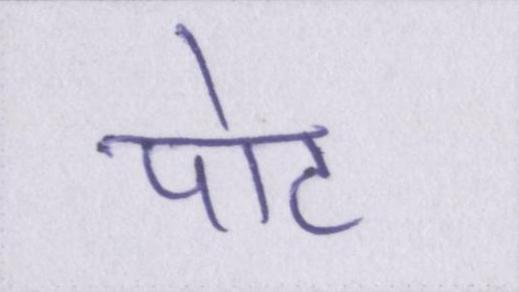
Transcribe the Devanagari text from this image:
पोट